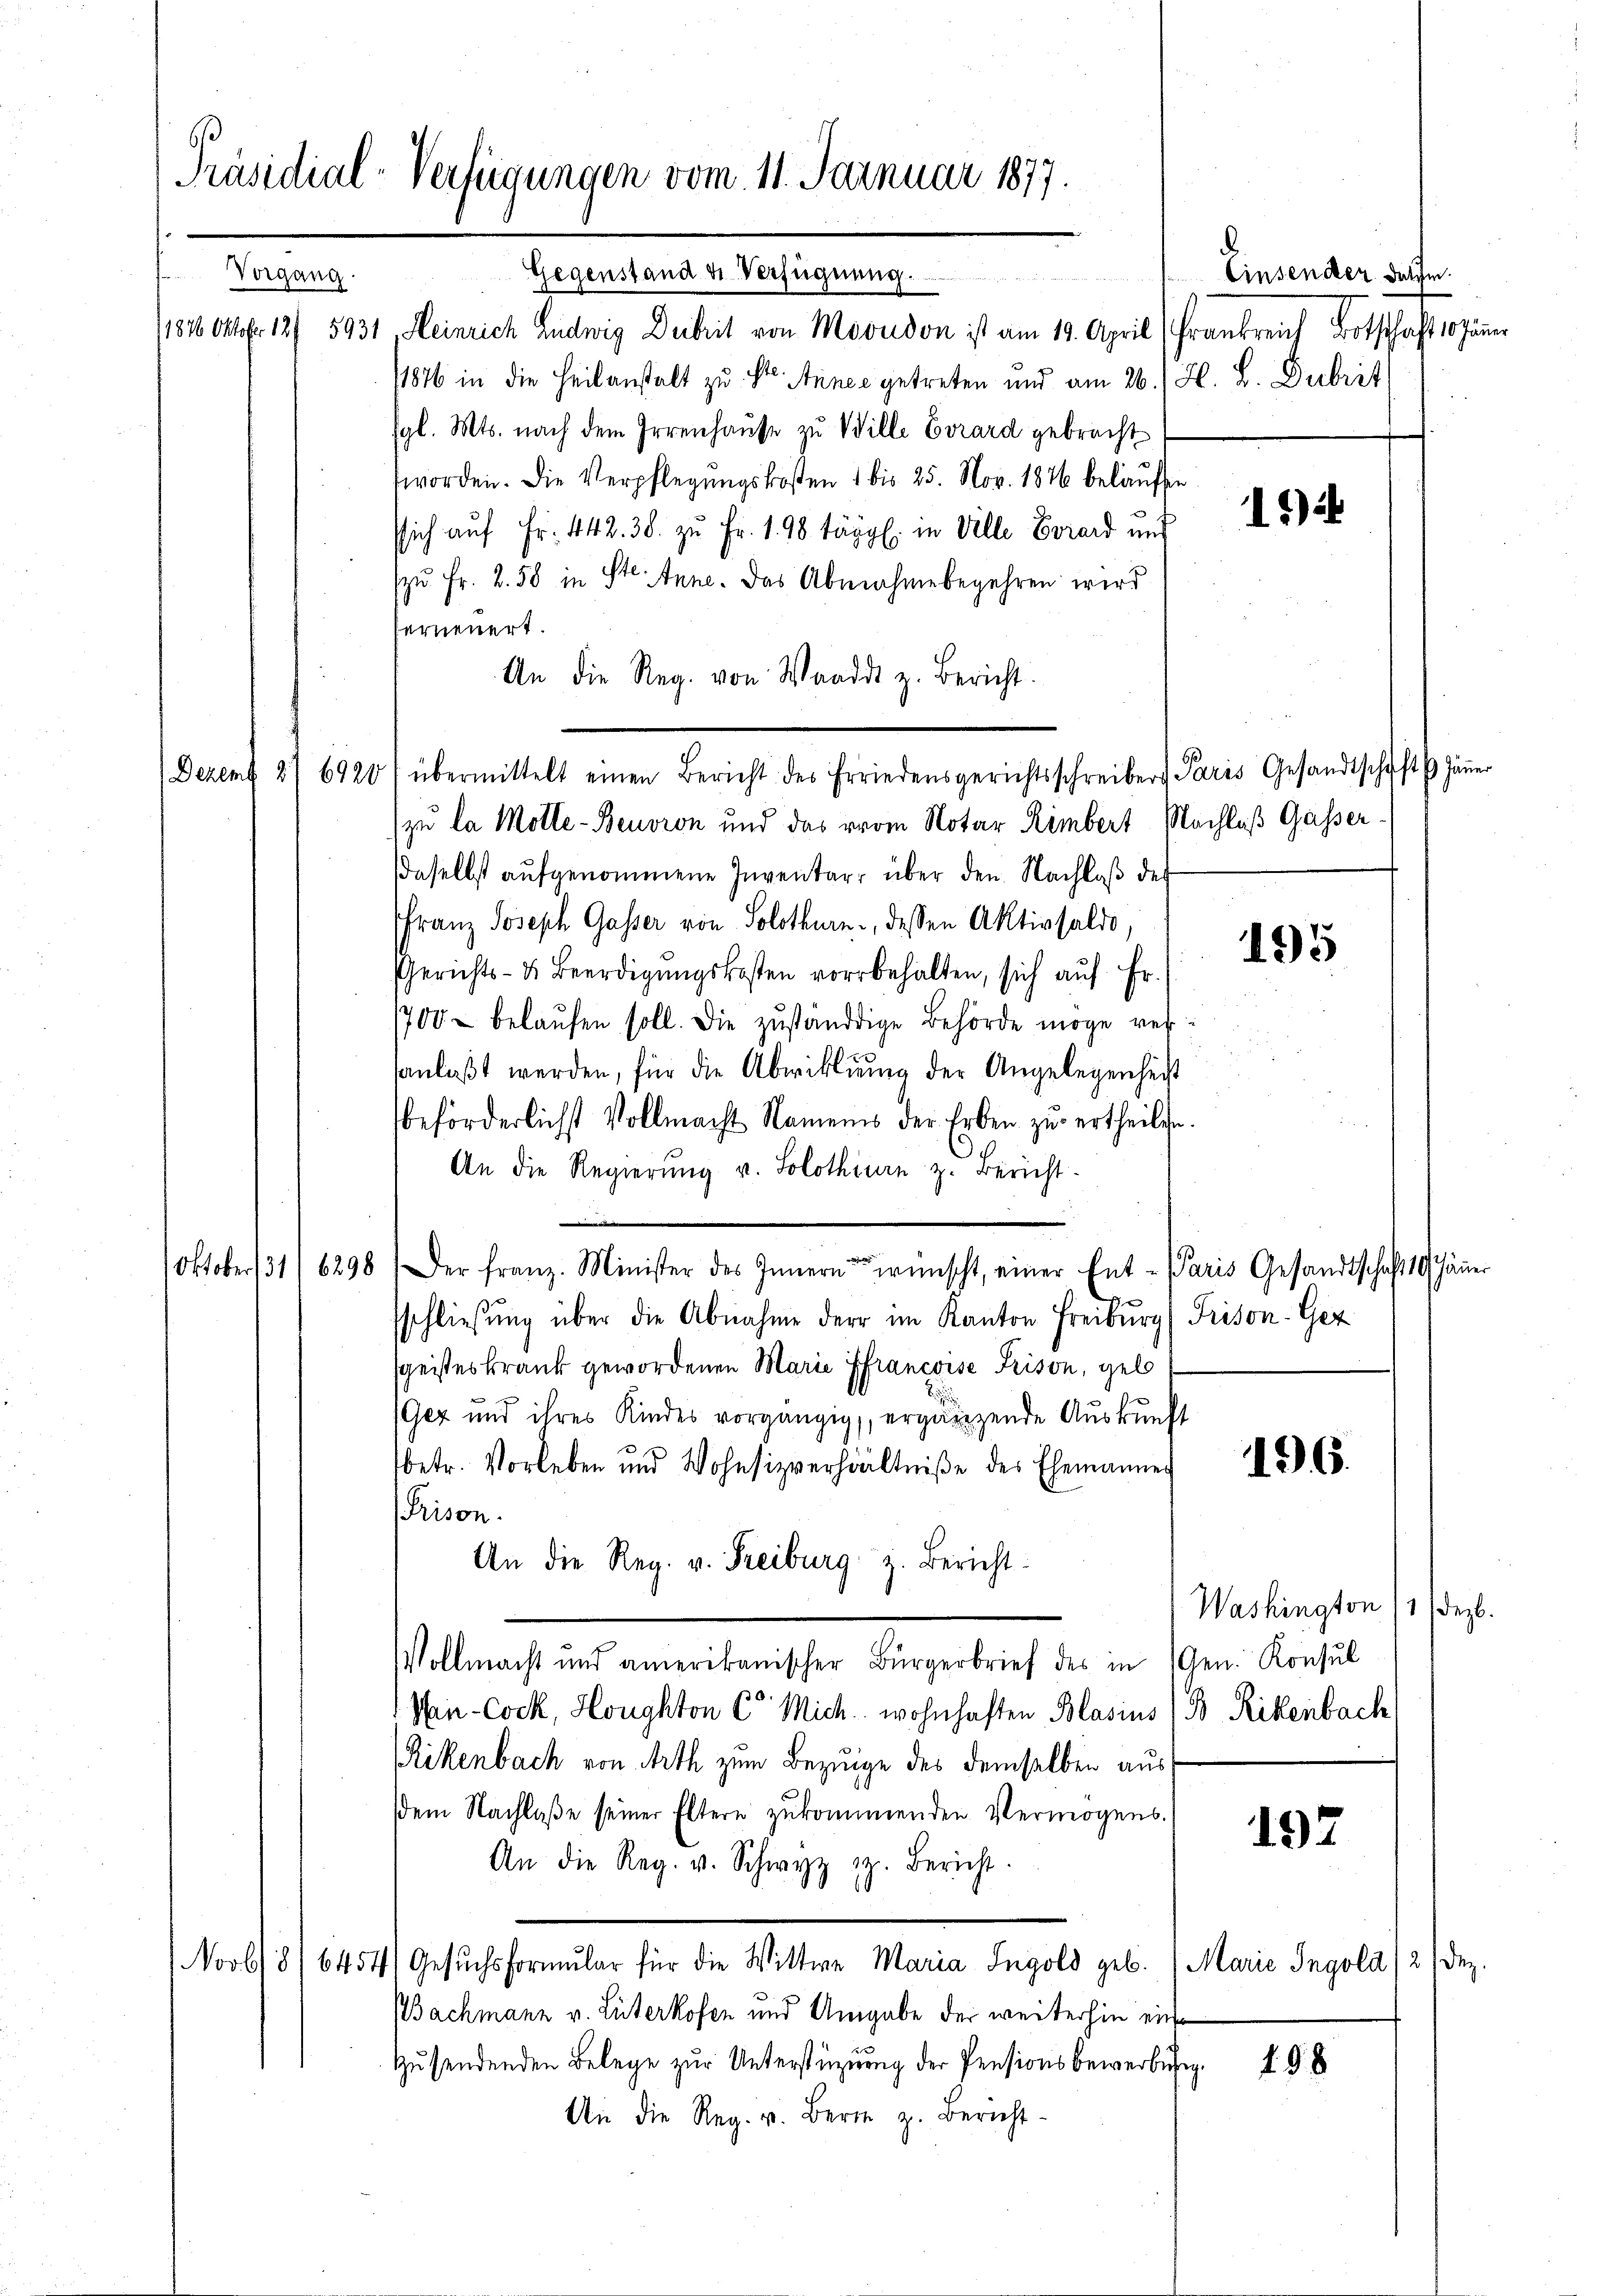
Präsidial-Verfügungen vom 11. Januar 1877.
.
Gegenstand die Verfügnung.
s
Vorgang.
11816. Okt. 12/ 5931, Heinrich Ludwig Deibrit von Moudon ist am 19. April (Frankreich Botschaft 10 Jänner

Derent

Oktober

2) 692

31

6298

1876 in die Heilanstalt zu St. Annel getreten und am 26./ H. B. Dubrit
gl. Mts. nach dem Irrenhause zu Wille Evrard gebracht
worden. Die Verpflegungskosten 1 bis 25. Nov. 1876 belaufen
ssich auf Fr. 442. 38. zu Fr. 198 tägl. in Ville Corard auch
zŭ Fr. 2. 58 in Ste. Inne. Das Abnahmebegehren wird
ferneuert.
An die Reg. von Waadt z. Bericht.
zu la Mölle-Beuoron und das vom Notar Himbert Nachlaß Gasser
daselbst aufgenommene Inventar über den Nachlaß des
Franz Joseph Gasser von Solothurn, dessen Aktivsaldo,
Gerichts- & Beerdigŭngskosten vorbehalten, sich aŭf Fr.
1700 belaŭfen soll. Die zŭständige Behörde möge ref
sanlaßt werden, für die Abwicklung der Angelegenheit
beförderlichst Vollmacht Namens der Erben zu ertheilte.
An die Regierŭng u. Solothinen z. Bericht
Der Franz. Minister des Innern wünscht, einer Ent-Paris Gesandtschaft 10 Jäner
 xx
sschliesŭng über die Abnahme der im Kanton Freiburg (Prison-Ger
sgeisteskrank gewordenen Marie francoise Prison, gel
(Gez und ihres Kindes vorgängig, ergänzende Auskunft
196.
betr. Vorleben und Wohnsizverhältniße des Ehemanner
Prison.
An die Reg. v. Freiburg z. Bericht
Vollmacht und amerikanischer Bürgerbrief des in Gen. Konsul
Hen-Cock, Honghton C. Mich wohnhaften Blasius B. Rikenbach
Rikenbach von Arth zum Bezeige des demselben aussdem Nachlaße seiner Eltern zukommenden Vermögens.
197
An die Reg. v. Schwyz z. Bericht.
Nob/8/64541 Gesŭchsformŭlar für die Wittwe Maria Ingold geb. 1 Marie Ingold /2 / Dez.
Bachmann v. Lüterkofen und Umgabe der weiterhin ein¬
Zusendenden Belege zur Unterstüzung der Pensionsbewerbung. 198
An die Reg. v. Bern z. Bericht-

0) übermittelt einen Bericht des Friedensgerichtsschreiber Paris Gesandtschaft Jäṅer

Einsender datie.

15)

195

Washington 11 Dezb.